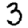
Digit: 3